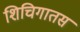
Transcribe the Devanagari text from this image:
शिचिगातस